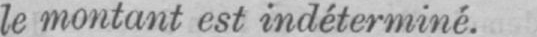
le montant est indéterminé.